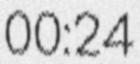
00:24